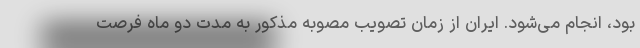
بود، انجام می‌شود. ایران از زمان تصویب مصوبه مذکور به مدت دو ماه فرصت